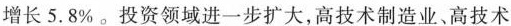
增长5.8%。投资领域进一步扩大，高技术制造业、高技术